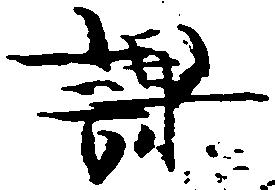
課